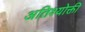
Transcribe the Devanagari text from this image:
अतिश्योक्ती